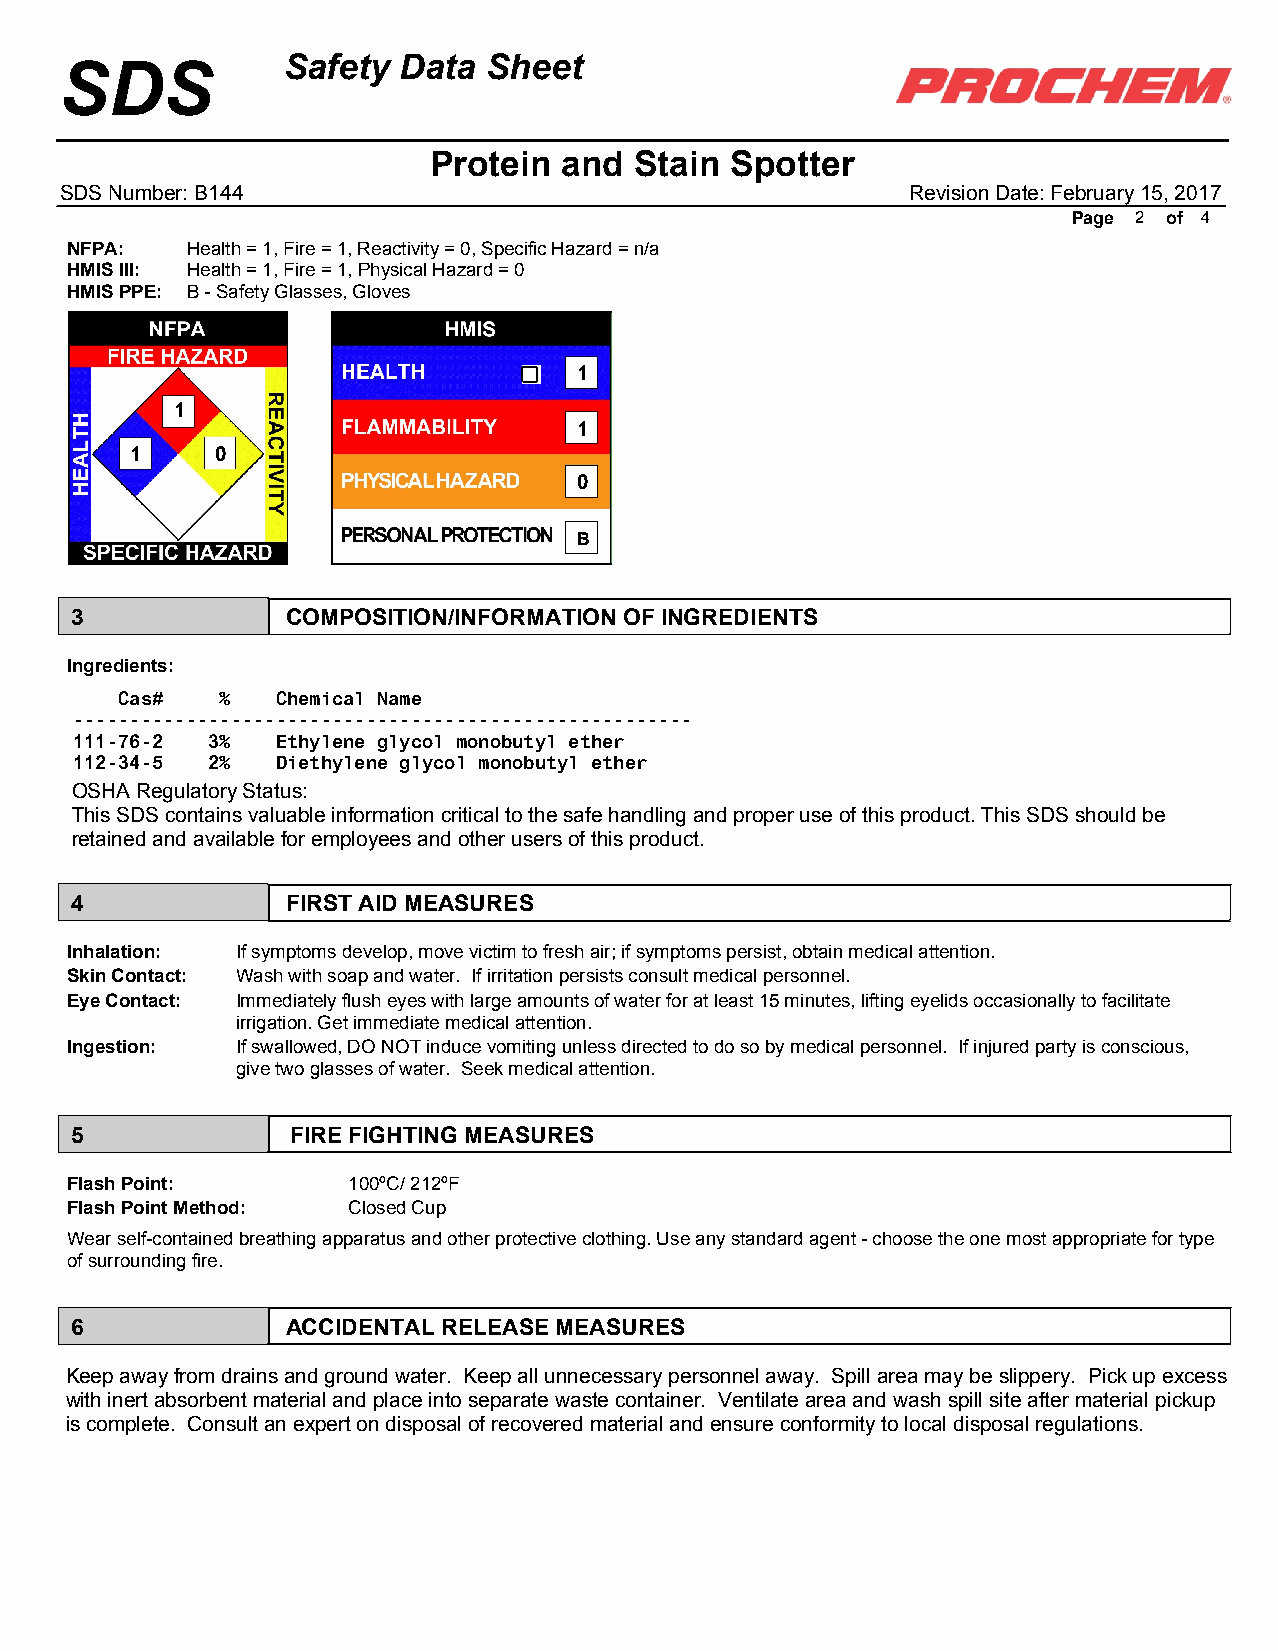
Safety Data  Sheet
 SDS
 Protein  and  Stain Spotter
 SDS Number: B144                                        Revision Date: February 15, 2017
 Page 2 of 4
 NFPA:   Health = 1, Fire = 1, Reactivity = 0, Specific Hazard = n/a
 HMIS III: Health = 1, Fire = 1, Physical Hazard = 0
 HMIS PPE: B - Safety Glasses, Gloves
 1
 1
 1
 1    0
 0
 B
 3             COMPOSITION/INFORMATION OF INGREDIENTS
 Ingredients:
 Cas#   %  Chemical Name
 -------------------------------------------------------
 111-76-2 3%  Ethylene glycol monobutyl ether
 112-34-5 2%  Diethylene glycol monobutyl ether
 OSHA Regulatory Status:
 This SDS contains valuable information critical to the safe handling and proper use of this product. This SDS should be
 retained and available for employees and other users of this product.
 4             FIRST AID MEASURES
 Inhalation: If symptoms develop, move victim to fresh air; if symptoms persist, obtain medical attention.
 Skin Contact: Wash with soap and water. If irritation persists consult medical personnel.
 Eye Contact: Immediately flush eyes with large amounts of water for at least 15 minutes, lifting eyelids occasionally to facilitate
 irrigation. Get immediate medical attention.
 Ingestion:  If swallowed, DO NOT induce vomiting unless directed to do so by medical personnel. If injured party is conscious,
 give two glasses of water. Seek medical attention.
 5             FIRE FIGHTING MEASURES
 Flash Point:       100ºC/ 212ºF
 Flash Point Method: Closed Cup
 Wear self-contained breathing apparatus and other protective clothing. Use any standard agent - choose the one most appropriate for type
 of surrounding fire.
 6             ACCIDENTAL RELEASE MEASURES
 Keep away from drains and ground water. Keep all unnecessary personnel away. Spill area may be slippery. Pick up excess
 with inert absorbent material and place into separate waste container. Ventilate area and wash spill site after material pickup
 is complete. Consult an expert on disposal of recovered material and ensure conformity to local disposal regulations.